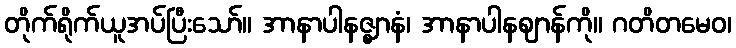
တိုက်ရိုက်ယူအပ်ပြီးသော်။ အာနာပါနဇ္ဈာနံ၊ အာနာပါနဈာန်ကို။ ဂတိတမေဝ၊